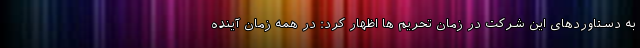
به دستاوردهای این شرکت در زمان تحریم ها اظهار کرد: در همه زمان آینده